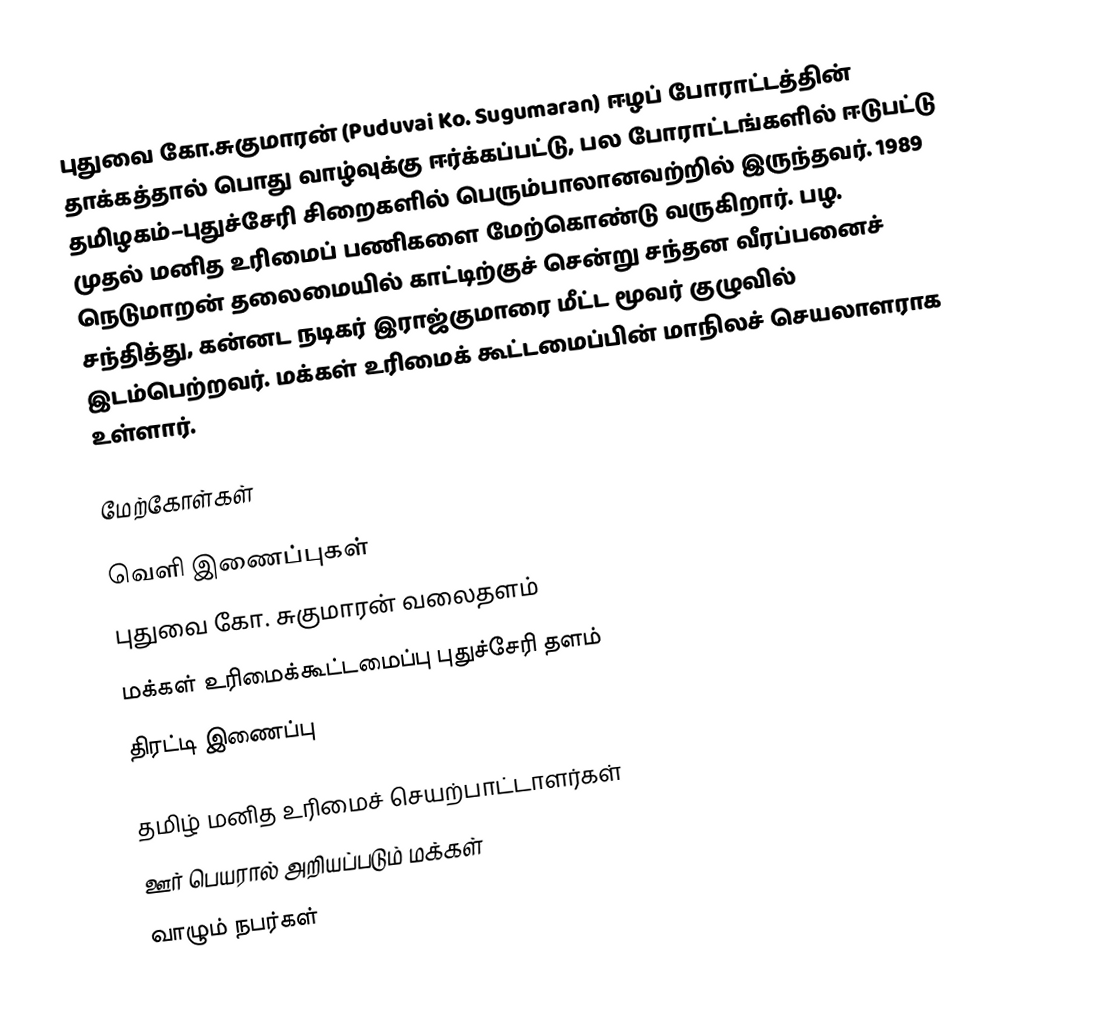
புதுவை கோ.சுகுமாரன் (Puduvai Ko. Sugumaran) ஈழப் போராட்டத்தின் தாக்கத்தால் பொது வாழ்வுக்கு ஈர்க்கப்பட்டு, பல போராட்டங்களில் ஈடுபட்டு தமிழகம்–புதுச்சேரி சிறைகளில் பெரும்பாலானவற்றில் இருந்தவர். 1989 முதல் மனித உரிமைப் பணிகளை மேற்கொண்டு வருகிறார். பழ. நெடுமாறன் தலைமையில் காட்டிற்குச் சென்று சந்தன வீரப்பனைச் சந்தித்து, கன்னட நடிகர் இராஜ்குமாரை மீட்ட மூவர் குழுவில் இடம்பெற்றவர். மக்கள் உரிமைக் கூட்டமைப்பின் மாநிலச் செயலாளராக உள்ளார்.

மேற்கோள்கள்

வெளி இணைப்புகள்
புதுவை கோ. சுகுமாரன் வலைதளம்
மக்கள் உரிமைக்கூட்டமைப்பு புதுச்சேரி தளம்
திரட்டி இணைப்பு

தமிழ் மனித உரிமைச் செயற்பாட்டாளர்கள்
ஊர் பெயரால் அறியப்படும் மக்கள்
வாழும் நபர்கள்